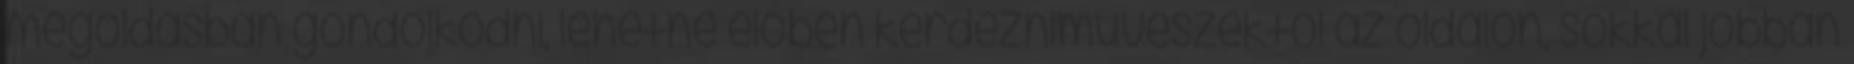
megoldásban gondolkodni, lehetne élőben kérdezniművészektől az oldalon, sokkal jobban